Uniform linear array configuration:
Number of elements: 64
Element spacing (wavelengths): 0.5
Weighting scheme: blackman
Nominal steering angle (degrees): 60
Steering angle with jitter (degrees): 59.995
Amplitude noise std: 0.05
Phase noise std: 0.05

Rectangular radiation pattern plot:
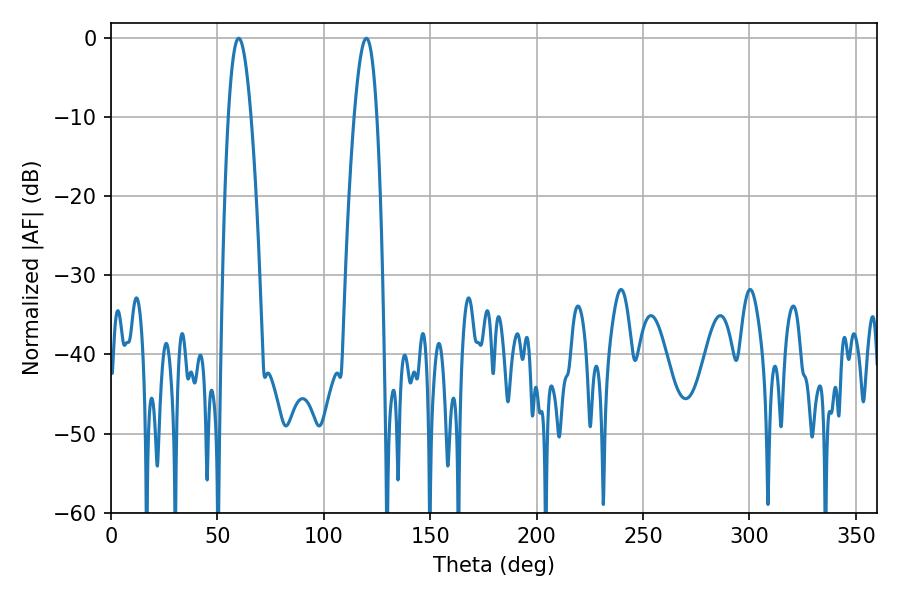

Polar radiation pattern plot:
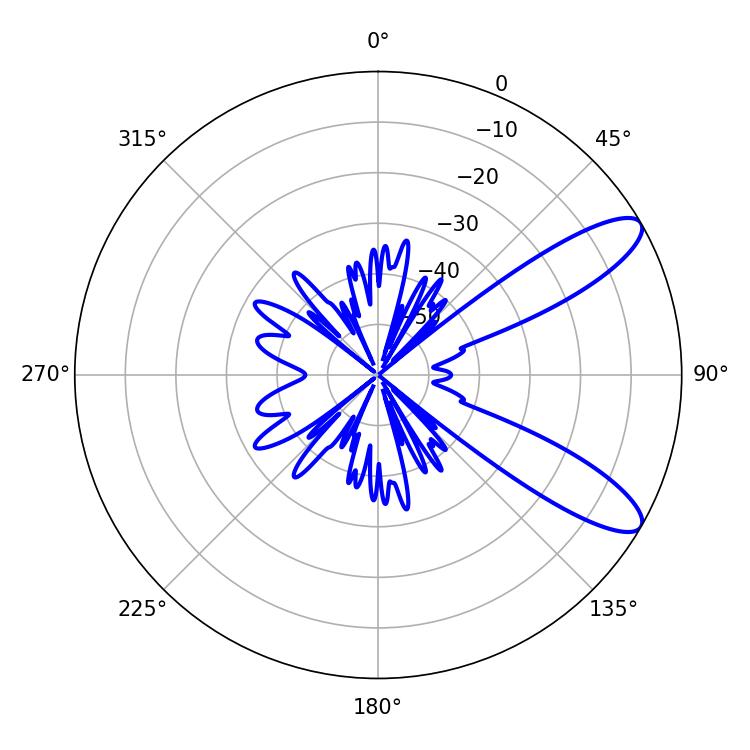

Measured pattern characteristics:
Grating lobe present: FALSE
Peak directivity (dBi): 10.198
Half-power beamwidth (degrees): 5.76
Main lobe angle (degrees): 59.94